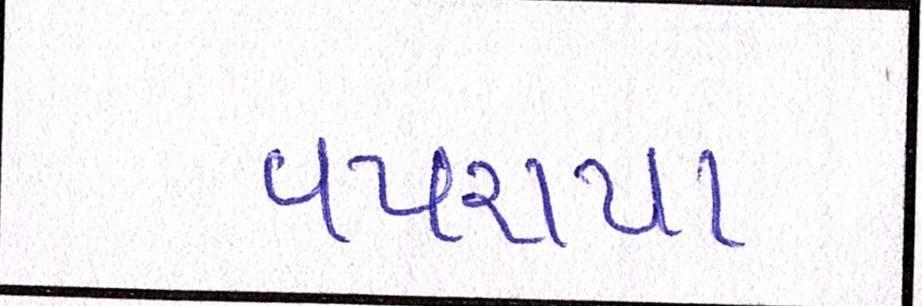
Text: વપરાયા